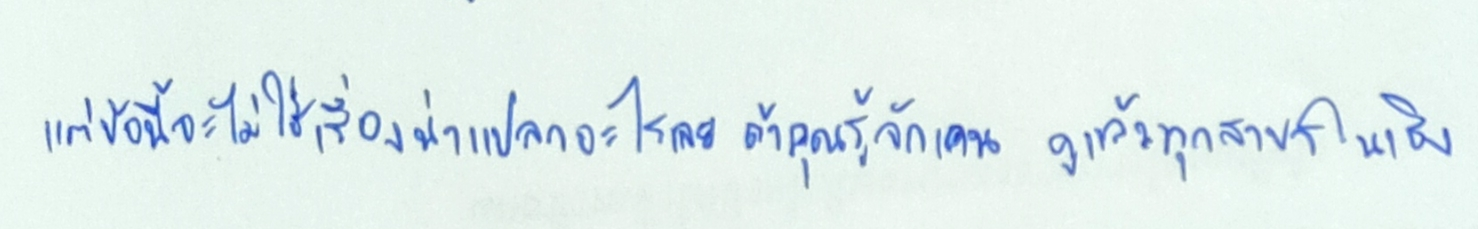
แต่ข้อนี้จะไม่ใช่เรื่องน่าแปลกอะไรเลยถ้าคุณรู้จักเคนดูแล้วทุกสาขาในเชิง